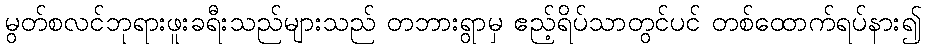
မွတ်စလင်ဘုရားဖူးခရီးသည်များသည် တဘားရွာမှ ဧည့်ရိပ်သာတွင်ပင် တစ်ထောက်ရပ်နား၍